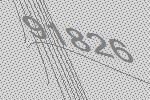
91826